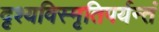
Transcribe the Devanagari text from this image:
दृश्यविस्मृतिपर्यन्तं